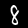
Label: 8